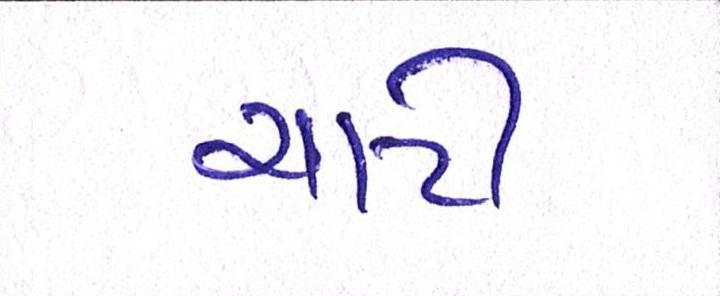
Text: ચાટી